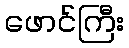
ဖောင်ကြီး